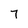
Character: 7